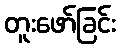
တူးဖော်ခြင်း